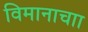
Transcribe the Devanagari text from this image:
विमानाचाा